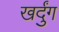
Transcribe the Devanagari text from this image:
खर्दुंग